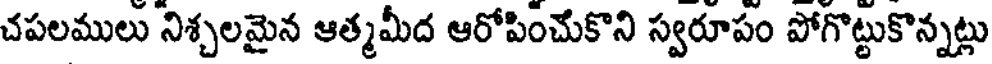
చపలములు నిశ్చలమైన ఆత్మమీద ఆరోపించుకొని స్వరూపం పోగొట్టుకొన్నట్లు